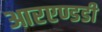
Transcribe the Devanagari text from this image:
आरएण्डडी